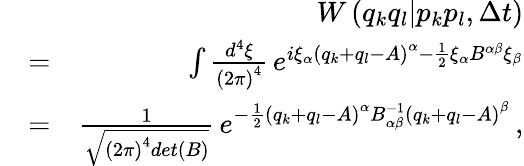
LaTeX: \begin{array}{rlr}&{}&{W\left(q_{k}q_{l}|p_{k}p_{l},\Delta t\right)}\\ &{=}&{\int\frac{d^{4}\xi}{\left(2\pi\right)^{4}}\, e^{i\xi_{\alpha}\left(q_{k}+q_{l}-A\right)^{\alpha}-\frac{1}{2}\xi_{\alpha}B^{\alpha\beta}\xi_{\beta}}}\\ &{=}&{\frac{1}{\sqrt{\left(2\pi\right)^{4}det\left(B\right)}}\, e^{-\frac{1}{2}\left(q_{k}+q_{l}-A\right)^{\alpha}B_{\alpha\beta}^{-1}\left(q_{k}+q_{l}-A\right)^{\beta}}\, ,}\end{array}